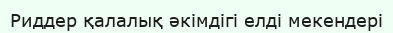
Риддер қалалық әкімдігі елді мекендері